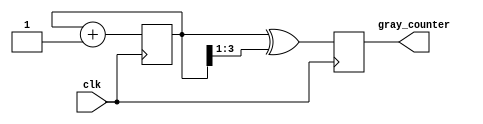
module gray_counter_clock_divider (
  input wire clk,
  output reg [N-1:0] gray_counter
);

parameter N = 4; // Adjust N to the desired counter width

reg [N-1:0] counter;
reg [N-1:0] next_counter;

initial begin
  counter = 0;
end

always @ (posedge clk) begin
  next_counter = counter + 1;
  gray_counter = counter ^ (counter >> 1); // Gray code sequence
  counter <= next_counter;
end

endmodule